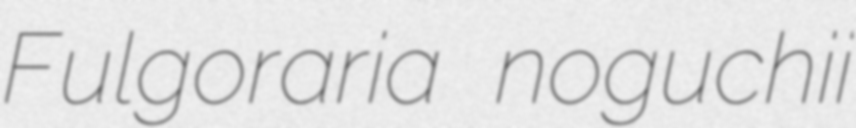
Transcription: Fulgoraria noguchii